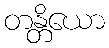
တန္တိယော